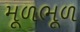
મૂળભૂળ